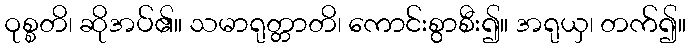
ဝုစ္စတိ၊ ဆိုအပ်၏။ သမာရုတ္တာတိ၊ ကောင်းစွာစီး၍။ အရုယှ၊ တက်၍။